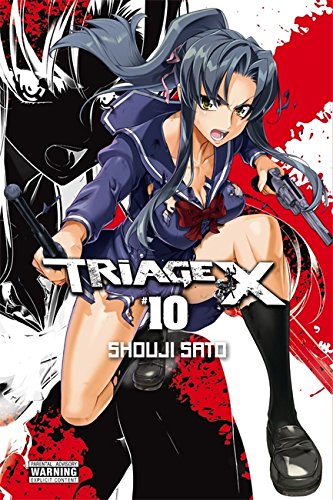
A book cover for Triage X, Vol. 10; Comics & Graphic Novels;